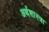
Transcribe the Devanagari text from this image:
अर्थशास्त्रा